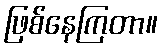
ဖြစ်နေကြတာ။